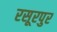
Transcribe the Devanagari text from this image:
रसूरपुर